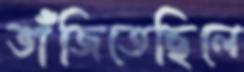
ভাঁজিতেছিলে